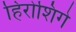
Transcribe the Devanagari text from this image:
हिरोशिगे